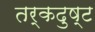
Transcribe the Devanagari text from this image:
तर्कदुष्ट